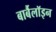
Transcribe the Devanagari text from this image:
बार्बैलॉइन